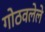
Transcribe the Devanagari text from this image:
गोठवलेले